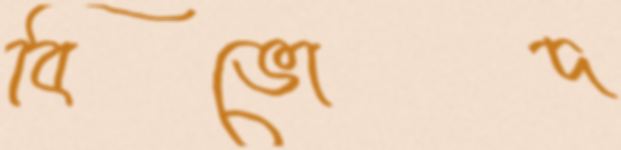
বিভোদ